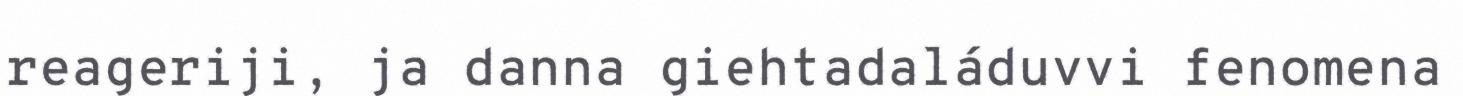
reageriji, ja danna giehtadaláduvvi fenomena